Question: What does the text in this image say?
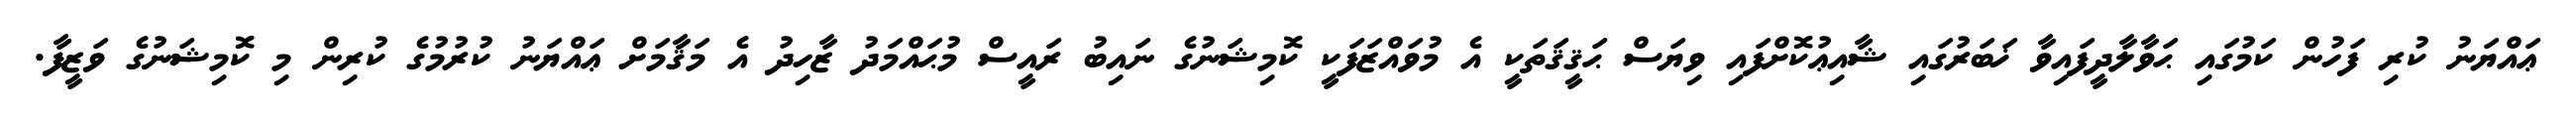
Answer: ޢައްޔަނު ކުރި ފަހުން ކަމުގައި ޙަވާލާދީފައިވާ ޚަބަރުގައި ޝާއިޢުކޮށްފައި ވިޔަސް ޙަޤީޤަތަކީ އެ މުވައްޒަފަކީ ކޮމިޝަނުގެ ނައިބު ރައީސް މުޙައްމަދު ޒާހިދު އެ މަޤާމަށް ޢައްޔަނު ކުރުމުގެ ކުރިން މި ކޮމިޝަނުގެ ވަޒީފާ.